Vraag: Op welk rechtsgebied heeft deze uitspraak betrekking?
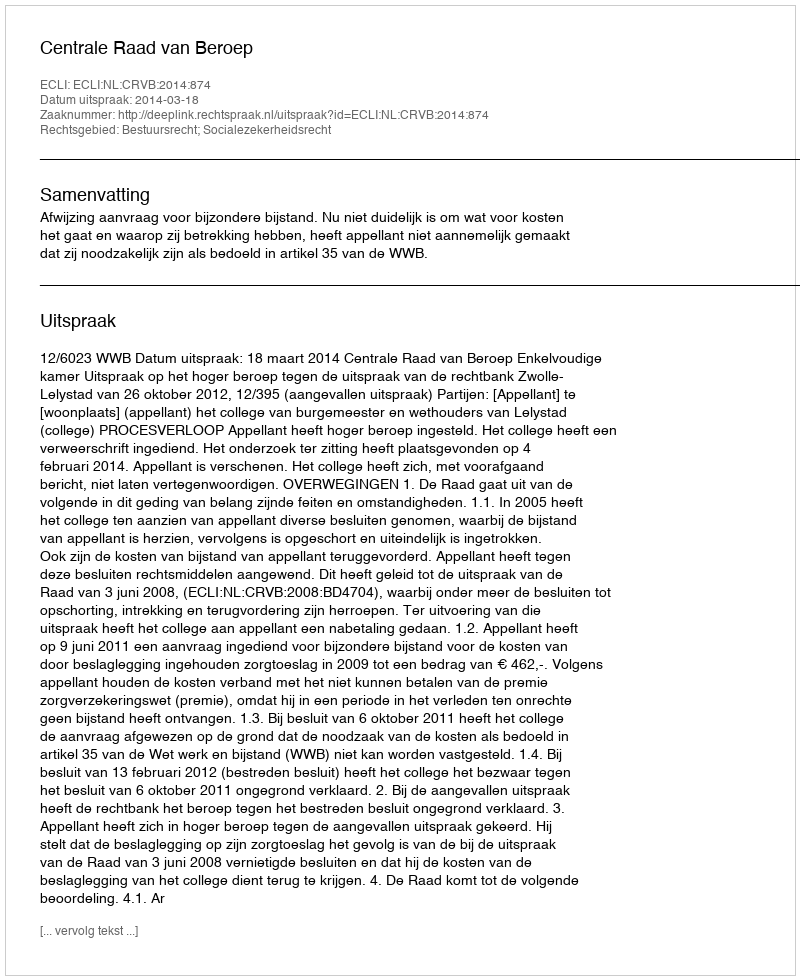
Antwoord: Bestuursrecht; Socialezekerheidsrecht